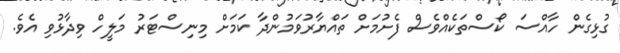
ގުޅިގެން ހާއްސަ ކޯސްތަކެއްވެސް ފެށުމަށް ތައްޔާރުވަމުންދާ ކަމަށް މިނިސްޓަރު މަލީހް ވިދާޅުވި އެވެ.